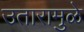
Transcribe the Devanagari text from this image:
उतारामुळे